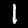
Digit: 1